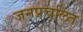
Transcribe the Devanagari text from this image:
जनप्रचलित